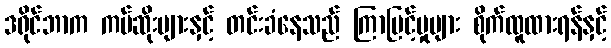
ဒရိုင်ဘာက ကပ်ဆိုးများနှင့် တင်းခံနေသည် ကြာမြင့်မှုများ စိုက်ထူထားရန်နှင့်